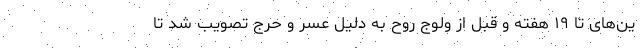
ین‌های تا ١٩ هفته و قبل از ولوج روح به دلیل عسر و حرج تصویب شد تا